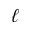
\ell